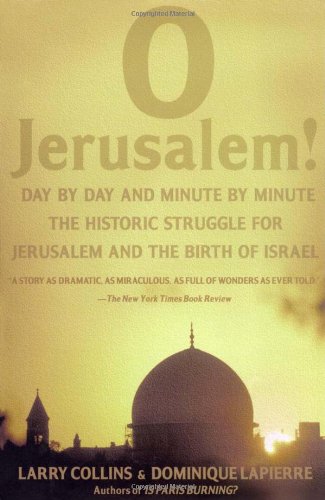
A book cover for O Jerusalem!; Larry Collins; History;